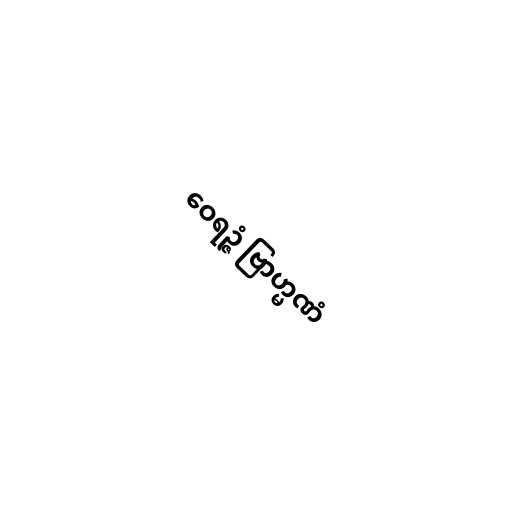
ဝေရဉ္ဇံ ဗြာဟ္မဏံ